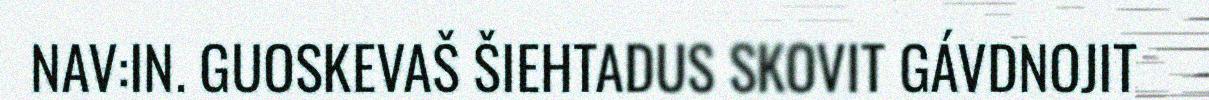
NAV:IN. GUOSKEVAŠ ŠIEHTADUS SKOVIT GÁVDNOJIT